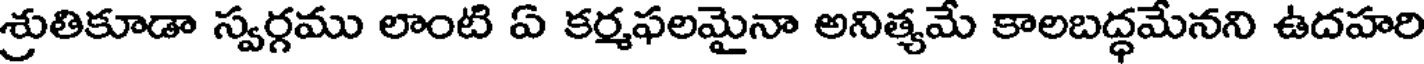
శ్రుతికూడా స్వర్గము లాంటి ఏ కర్మఫలమైనా అనిత్యమే కాలబద్ధమేనని ఉదహరి